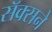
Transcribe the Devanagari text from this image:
सॅक्सने